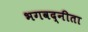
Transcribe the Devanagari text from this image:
भगवद्नीता